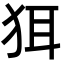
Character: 𬌯